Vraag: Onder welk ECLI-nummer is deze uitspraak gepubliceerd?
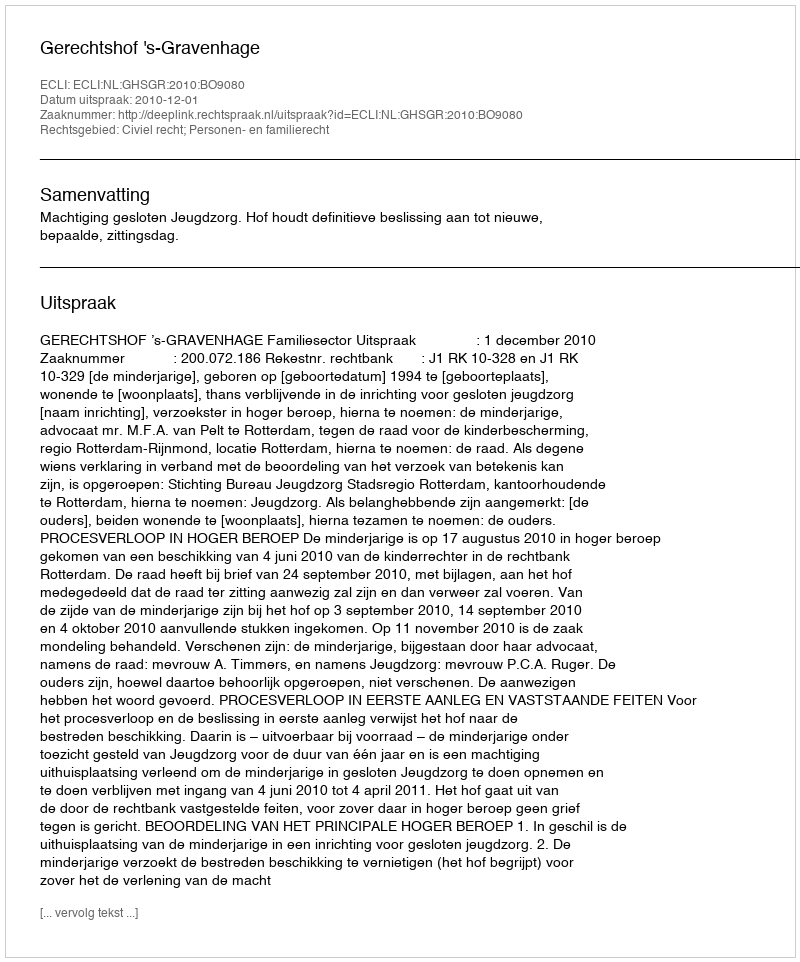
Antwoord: ECLI:NL:GHSGR:2010:BO9080